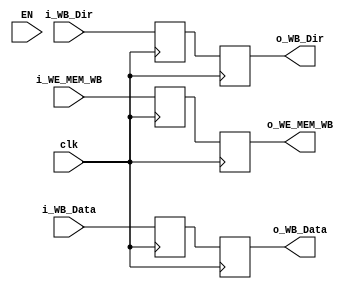
module Register_MEM_WB(	input EN, 

			input i_WE_MEM_WB,
			input [31:0] i_WB_Data,
			input [3:0] i_WB_Dir,
			input clk,	
			
			output reg o_WE_MEM_WB,
			output reg [31:0] o_WB_Data,
			output reg [3:0] o_WB_Dir
			);

reg reg_o_WE_MEM_WB;
reg [31:0] reg_o_WB_Data;
reg [3:0] reg_o_WB_Dir;

always@(negedge clk) begin 
		reg_o_WB_Data = i_WB_Data;
		reg_o_WB_Dir = i_WB_Dir;
		reg_o_WE_MEM_WB = i_WE_MEM_WB;
end

always@(posedge clk) begin
	o_WE_MEM_WB = reg_o_WE_MEM_WB;
	o_WB_Data = reg_o_WB_Data; 
	o_WB_Dir = reg_o_WB_Dir;
end

endmodule